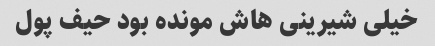
خیلی شیرینی هاش مونده بود حیف پول